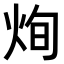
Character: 𤈎